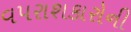
વપરાશકારોની